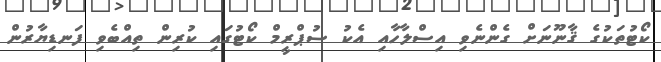
ކޯޓުތަކުގެ ޤާނޫނަށް ގެންނެވި އިސްލާހާއި އެކު ސުޕްރީމް ކޯޓުގައި ކުރިން ތިއްބެވި ފަނޑިޔާރުން